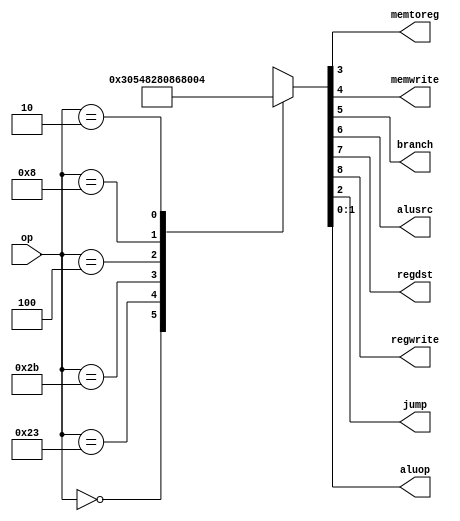
module  maindec (                
      input   [5:0]  op,                
      output  memtoreg, memwrite,                
      output  branch, alusrc,                
      output  regdst, regwrite,                
      output  jump,                
      output  [1:0] aluop ); 
//Outputs into reg & assing "wire" to branch them out 
reg [8:0] control_wire;
assign {regwrite, regdst, alusrc, branch, memwrite, memtoreg, jump, aluop} = control_wire;
//Control Unit: Main Decoder lect 8, slide 26 - This is where you get your values
//to put into the "wire"
//op is what the function call in MIPS is, this decides where to flow 
always @ (*)
case(op)
6'b000000 : control_wire <= 9'b110000010;//R-type
6'b100011 : control_wire <= 9'b101001000;//lw
6'b101011 : control_wire <= 9'b001010000;//sw
6'b000100 : control_wire <= 9'b000100001;//beq
6'b001000 : control_wire <= 9'b101000000;//addi
6'b000010 : control_wire <= 9'b000000100;//j

default: control_wire <= 9'bXXXXXXXXX;//I DONT KNOW
endcase
		
endmodule